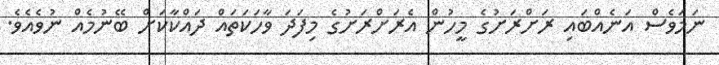
ނަމަވެސް އަނެއްބައި ރަށްރަށުގެ މީހުން އެރަށްރަށުގެ މިފަދަ ވާހަކަތައް ދައްކާކަށް ބޭނުމެއް ނުވެއެވެ.